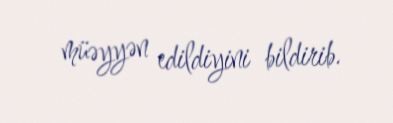
müəyyən edildiyini bildirib.